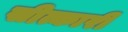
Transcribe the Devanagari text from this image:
सीत्कारी